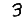
Digit: 3